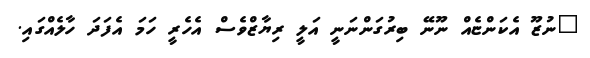
"ނުޒޫ އެކަންޏެއް ނޫނޭ ބިރުގަންނަނީ އަލީ ރިޔާޒްވެސް އެހެރީ ހަމަ އެފަދަ ހާލެއްގައި.